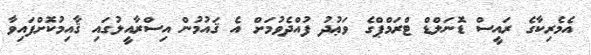
އެމެރިކާގެ ރައީސް ޑޮނަލްޑް ޓްރަމްޕްގެ ވަޢުދު ފުއްދެވުމަށް އެ ޤައުމުން އިސްރާއީލުގައި ޤާއިމުކޮށްފައިވާ